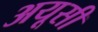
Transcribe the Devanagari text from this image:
अयूसी